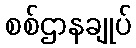
စစ်ဌာနချုပ်